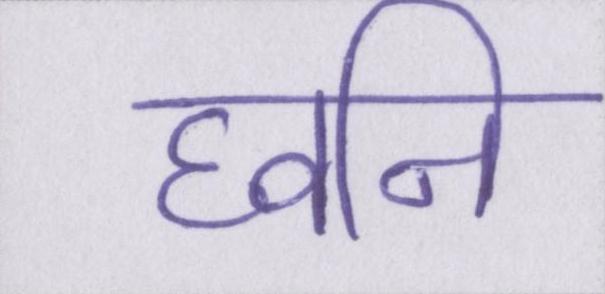
घ्वनि